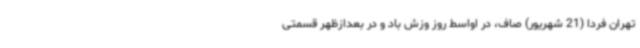
تهران‌ فردا (21 شهریور) صاف، در اواسط روز وزش باد و در بعدازظهر قسمتی